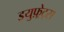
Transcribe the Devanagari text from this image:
इयुफ़्रेट्स